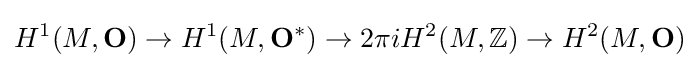
H^{1}(M,\mathbf {O} )\to H^{1}(M,\mathbf {O} ^{*})\to 2\pi iH^{2}(M,\mathbb {Z} )\to H^{2}(M,\mathbf {O} )